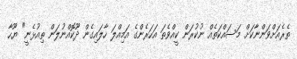
ތެރެއަށްވަންނާކަށް މަސައްކަތެއް ނުކުރަން ކީއްވެތަ އަހަރެންގެ އަމިއްލަ ހާލައިގެން ދޫކޮއްނުލަން ތިއުޅެނީ" ޔޫހާ